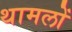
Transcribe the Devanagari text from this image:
थामलों